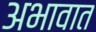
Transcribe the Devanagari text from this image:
अभावात